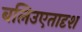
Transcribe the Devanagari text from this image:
बलिउएतादृश